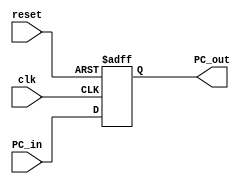
`timescale 1ns / 1ps

module program_counter(clk, reset, PC_in, PC_out);
  input clk, reset;
  input [31:0] PC_in;
  output reg [31:0] PC_out;
  always @ (posedge clk, posedge reset)
  begin
    if(reset==1)
      PC_out<=0;
    else
      PC_out<=PC_in;
  end
endmodule